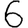
Digit: 6